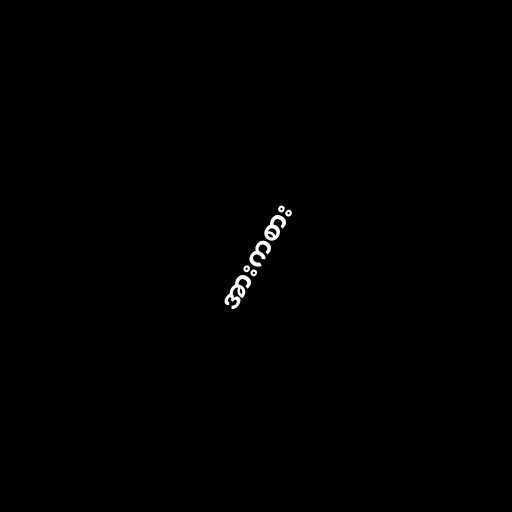
အားကစား